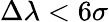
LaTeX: \Delta\lambda<6\sigma